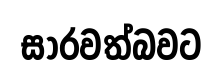
සාරවත්බවට